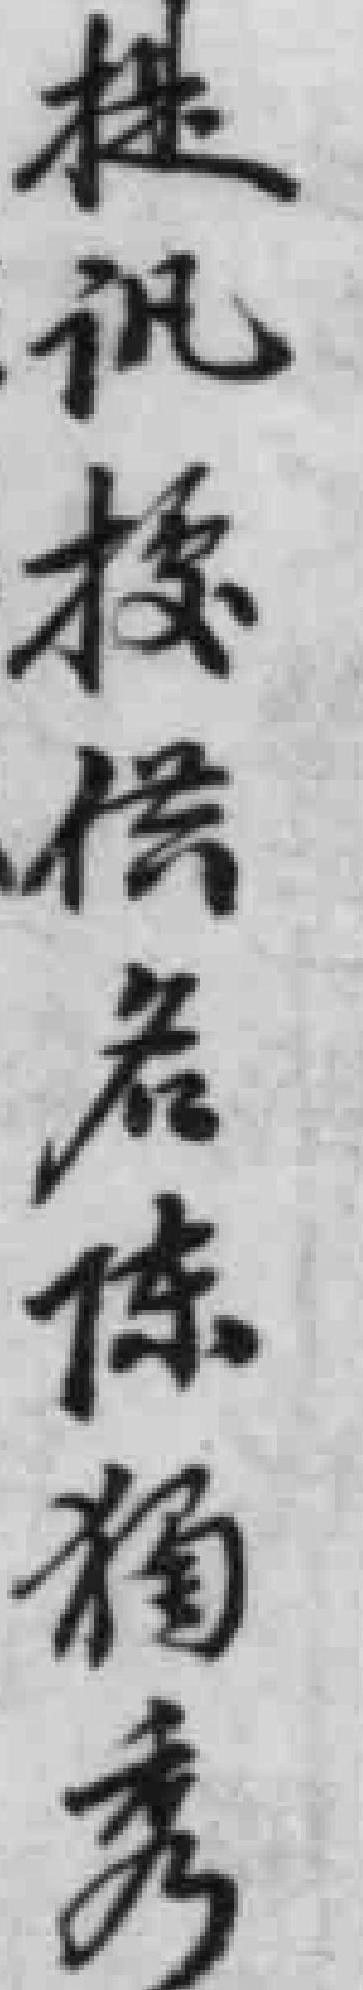
提訉*供名獨秀